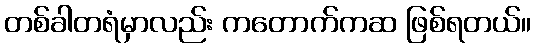
တစ်ခါတရံမှာလည်း ကတောက်ကဆ ဖြစ်ရတယ်။